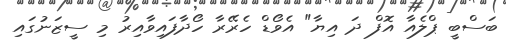
ބަސްބީ ޕްލެއާ އޮފް ދަ އިޔާ" އެވޯޑް ހެރޭރާ ހޯދާފައިވާއިރު މި ސީޒަނުގައި